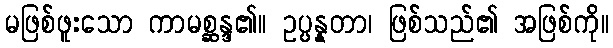
မဖြစ်ဖူးသော ကာမစ္ဆန္ဒ၏။ ဥပ္ပန္နတာ၊ ဖြစ်သည်၏ အဖြစ်ကို။